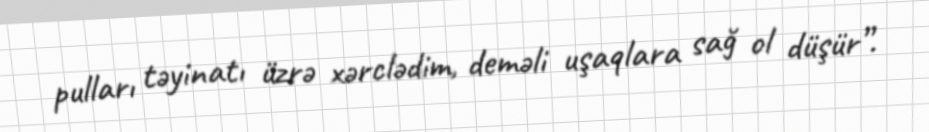
pulları təyinatı üzrə xərclədim, deməli uşaqlara sağ ol düşür”.